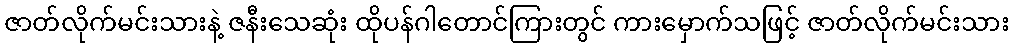
ဇာတ်လိုက်မင်းသားနဲ့ ဇနီးသေဆုံး ထိုပန်ဂါတောင်ကြားတွင် ကားမှောက်သဖြင့် ဇာတ်လိုက်မင်းသား